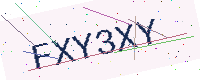
Text: FXY3XY